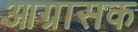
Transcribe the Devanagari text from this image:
आग्रासक